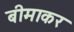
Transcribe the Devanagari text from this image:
बीमाकर